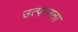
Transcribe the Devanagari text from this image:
उत्पन्नता